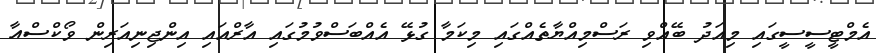
އެމްޓީސީސީގައި މިއަދު ބޭއްވި ރަސްމިއްޔާތެއްގައި މިކަމާ ގުޅޭ އެއްބަސްވުމުގައި އާރްއައި އިންޖިނިއަރިން ވޯކްސްއާ